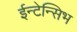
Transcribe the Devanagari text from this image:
ईन्टेन्सिभ